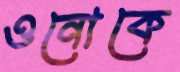
ওনোকে